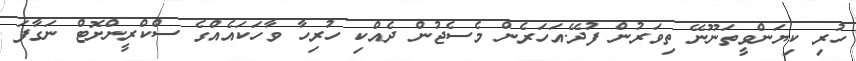
ހުރި ކިޔަންވީތަނޫނޭ ތިވަރުން ފުދޭ.އަހަރެން މެސެޖުން ދެއްކި ހުރިހާ ވާހަކައެއްގެ ސްކްރީންށޮޓް ނަގާފަ